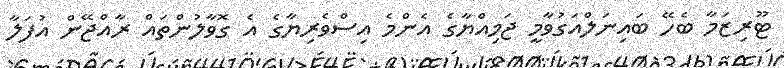
ޓޫރިޒަމާ ބެހޭ ބައިނަލްއަގުވާމީ ޖަމިއްޔާގެ އެންމެ އިސްވެރިޔާގެ އެ ގޮވާލުންތައް ރާއްޖޭން އުފަލާ